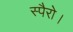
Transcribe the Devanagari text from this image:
स्पैरो।